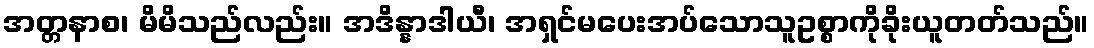
အတ္တနာစ၊ မိမိသည်လည်း။ အဒိန္နာဒါယီ၊ အရှင်မပေးအပ်သောသူဥစ္စာကိုခိုးယူတတ်သည်။